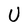
Character: U